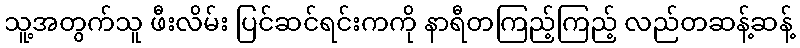
သူ့အတွက်သူ ဖီးလိမ်း ပြင်ဆင်ရင်းကကို နာရီတကြည့်ကြည့် လည်တဆန့်ဆန့်